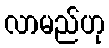
လာမည်ဟု